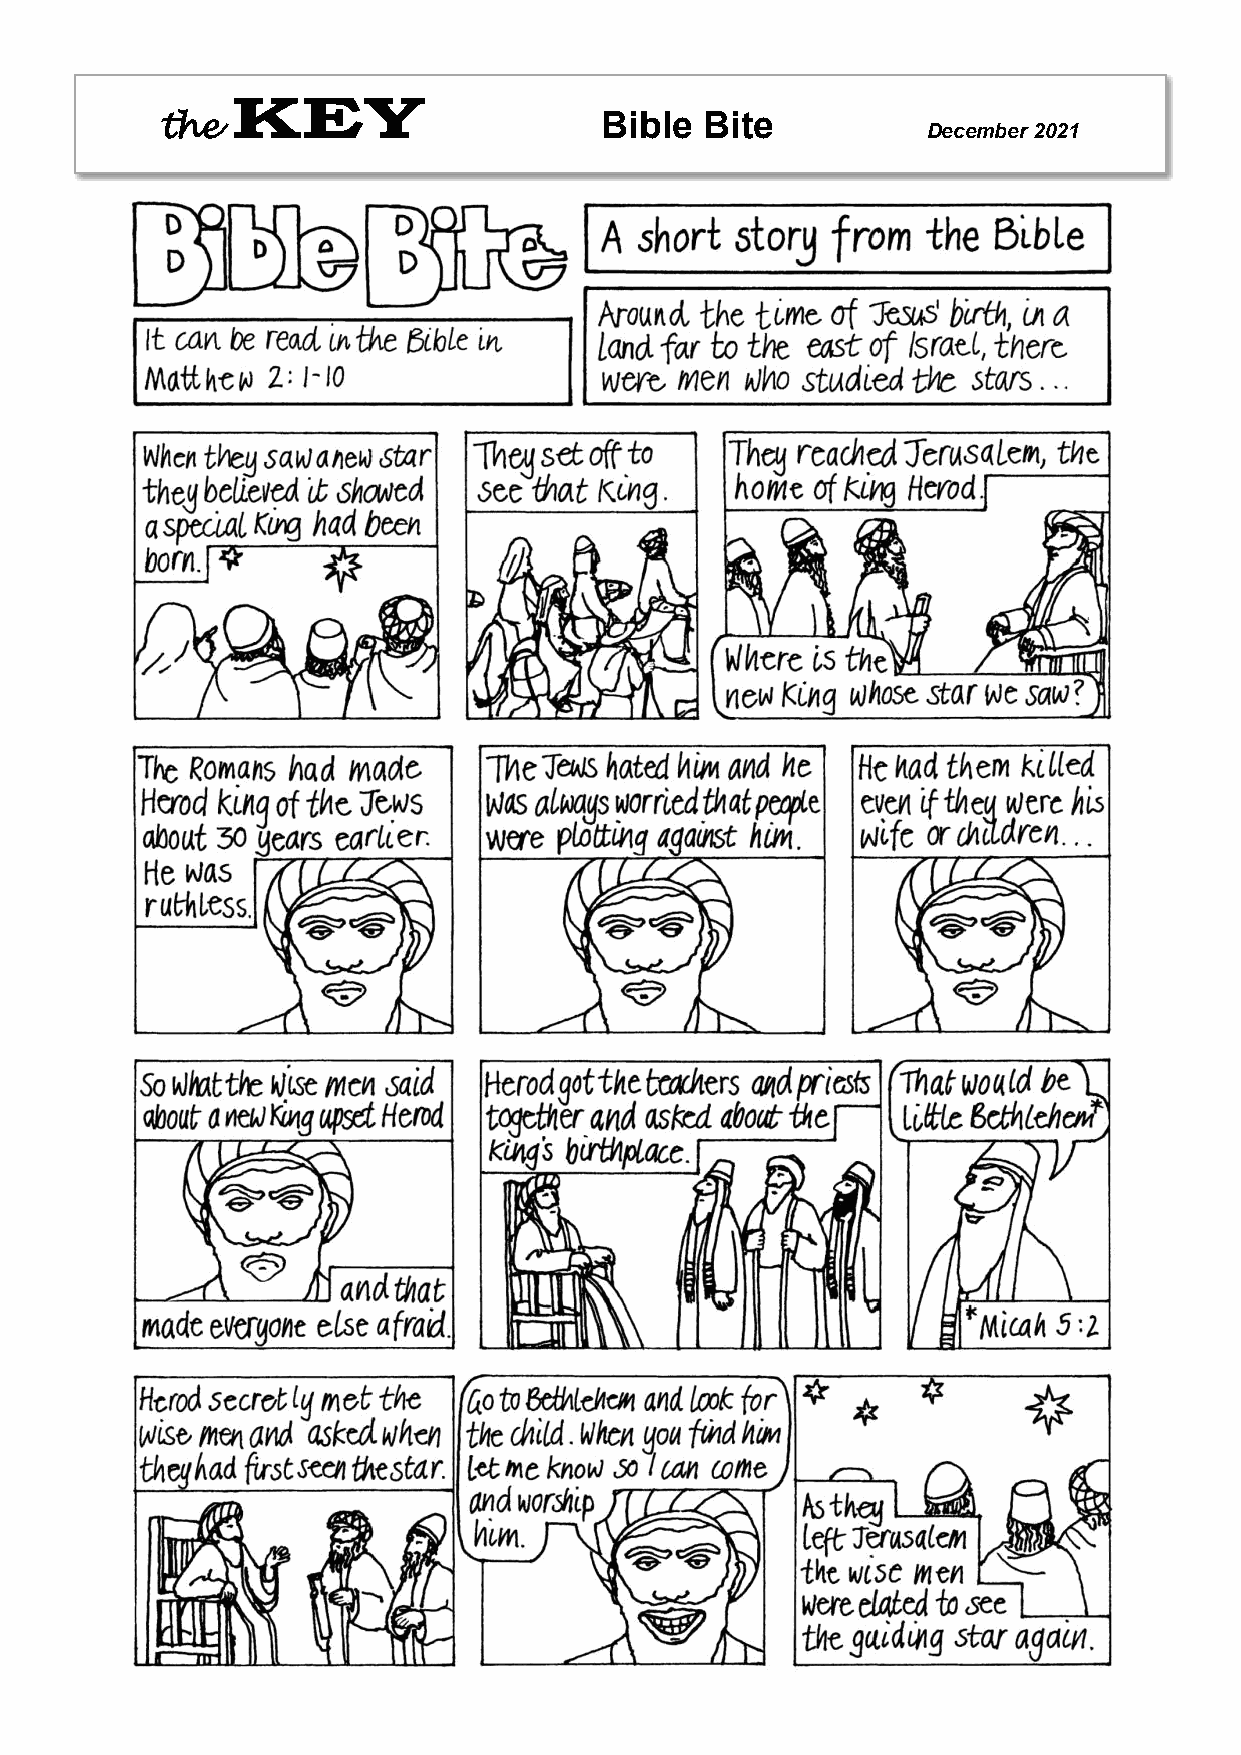
Bible  Bite
 the                                               December 2021